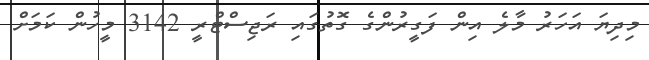
މިދިޔަ އަހަރު މާލެ އިން ފަގީރުންގެ ގޮތުގައި ރަޖިސްޓްރީ 3142 މީހުން ކަމަށް